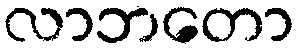
လာဘတော